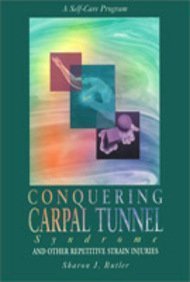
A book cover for The Carpal Tunnel Syndrome Book: Preventing and Treating CTS; Mark A. Pinsky; Health, Fitness & Dieting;